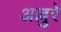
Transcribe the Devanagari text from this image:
अल्लुरे